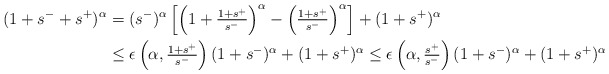
\begin{align*}(1+s^-+s^+)^\alpha &= (s^-)^{\alpha} \left[\left(1+\tfrac{1+s^+}{s^-}\right)^{\alpha} - \left(\tfrac{1+s^+}{s^-}\right)^{\alpha}\right] + (1+s^+)^{\alpha} \\&\leq \epsilon\left(\alpha,\tfrac{1+s^+}{s^-}\right)(1+s^-)^\alpha + (1+s^+)^\alpha \leq \epsilon\left(\alpha,\tfrac{s^+}{s^-}\right)(1+s^-)^\alpha + (1+s^+)^\alpha\end{align*}